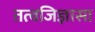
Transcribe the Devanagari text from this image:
तत्वजिज्ञासा